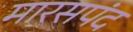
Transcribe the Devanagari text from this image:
मारसपंद